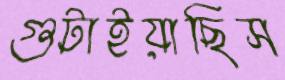
গুটাইয়াছিস